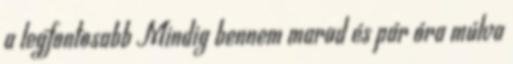
a legfontosabb Mindig bennem marad és pár óra múlva